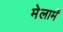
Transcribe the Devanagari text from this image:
मेलार्मे